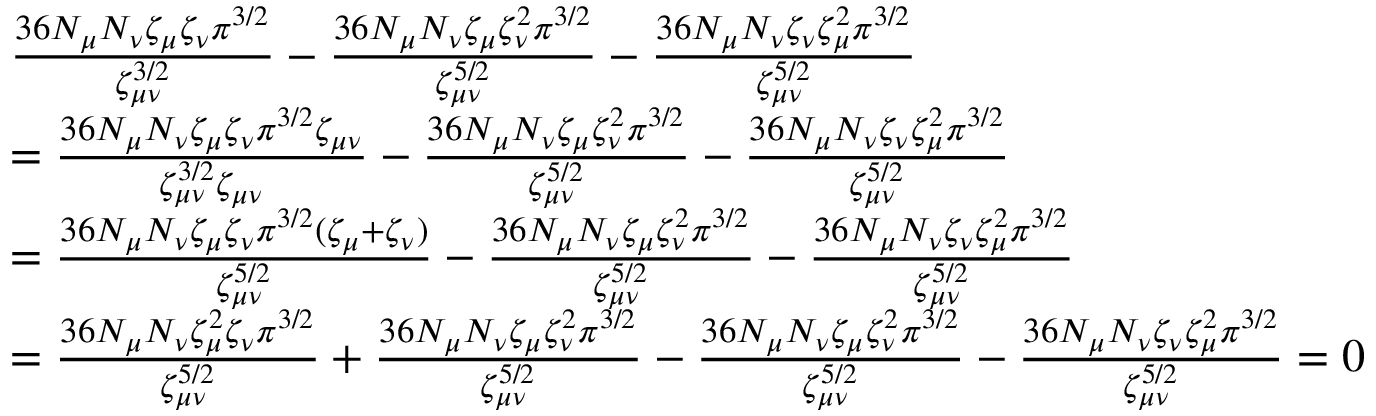
\begin{array} { r l } & { \frac { 3 6 N _ { \mu } N _ { \nu } \zeta _ { \mu } \zeta _ { \nu } \pi ^ { 3 / 2 } } { \zeta _ { \mu \nu } ^ { 3 / 2 } } - \frac { 3 6 N _ { \mu } N _ { \nu } \zeta _ { \mu } \zeta _ { \nu } ^ { 2 } \pi ^ { 3 / 2 } } { \zeta _ { \mu \nu } ^ { 5 / 2 } } - \frac { 3 6 N _ { \mu } N _ { \nu } \zeta _ { \nu } \zeta _ { \mu } ^ { 2 } \pi ^ { 3 / 2 } } { \zeta _ { \mu \nu } ^ { 5 / 2 } } } \\ & { = \frac { 3 6 N _ { \mu } N _ { \nu } \zeta _ { \mu } \zeta _ { \nu } \pi ^ { 3 / 2 } \zeta _ { \mu \nu } } { \zeta _ { \mu \nu } ^ { 3 / 2 } \zeta _ { \mu \nu } } - \frac { 3 6 N _ { \mu } N _ { \nu } \zeta _ { \mu } \zeta _ { \nu } ^ { 2 } \pi ^ { 3 / 2 } } { \zeta _ { \mu \nu } ^ { 5 / 2 } } - \frac { 3 6 N _ { \mu } N _ { \nu } \zeta _ { \nu } \zeta _ { \mu } ^ { 2 } \pi ^ { 3 / 2 } } { \zeta _ { \mu \nu } ^ { 5 / 2 } } } \\ & { = \frac { 3 6 N _ { \mu } N _ { \nu } \zeta _ { \mu } \zeta _ { \nu } \pi ^ { 3 / 2 } ( \zeta _ { \mu } + \zeta _ { \nu } ) } { \zeta _ { \mu \nu } ^ { 5 / 2 } } - \frac { 3 6 N _ { \mu } N _ { \nu } \zeta _ { \mu } \zeta _ { \nu } ^ { 2 } \pi ^ { 3 / 2 } } { \zeta _ { \mu \nu } ^ { 5 / 2 } } - \frac { 3 6 N _ { \mu } N _ { \nu } \zeta _ { \nu } \zeta _ { \mu } ^ { 2 } \pi ^ { 3 / 2 } } { \zeta _ { \mu \nu } ^ { 5 / 2 } } } \\ & { = \frac { 3 6 N _ { \mu } N _ { \nu } \zeta _ { \mu } ^ { 2 } \zeta _ { \nu } \pi ^ { 3 / 2 } } { \zeta _ { \mu \nu } ^ { 5 / 2 } } + \frac { 3 6 N _ { \mu } N _ { \nu } \zeta _ { \mu } \zeta _ { \nu } ^ { 2 } \pi ^ { 3 / 2 } } { \zeta _ { \mu \nu } ^ { 5 / 2 } } - \frac { 3 6 N _ { \mu } N _ { \nu } \zeta _ { \mu } \zeta _ { \nu } ^ { 2 } \pi ^ { 3 / 2 } } { \zeta _ { \mu \nu } ^ { 5 / 2 } } - \frac { 3 6 N _ { \mu } N _ { \nu } \zeta _ { \nu } \zeta _ { \mu } ^ { 2 } \pi ^ { 3 / 2 } } { \zeta _ { \mu \nu } ^ { 5 / 2 } } = 0 } \end{array}